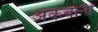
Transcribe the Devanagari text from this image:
अकबानी